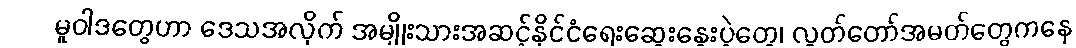
မူဝါဒတွေဟာ ဒေသအလိုက် အမျိုးသားအဆင့်နိုင်ငံရေးဆွေးနွေးပွဲတွေ၊ လွှတ်တော်အမတ်တွေကနေ